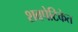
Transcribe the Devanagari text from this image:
शवपेटिकेत